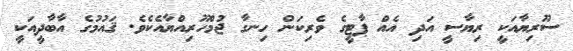
ސޫރިޔާއަކީ ރިޔާސީ އަދި އެއް ޕާޓީގެ ވެރިކަން ހިނގާ ޖުމްހޫރިއްޔާއެކެވެ. ޤައުމުގެ އާބާދީއަކީ